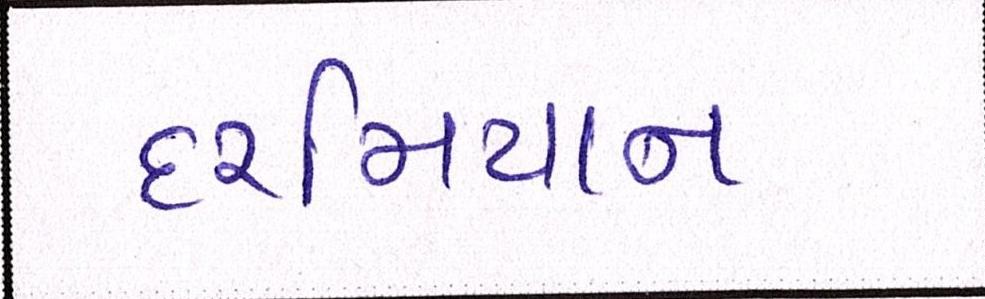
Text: દરમિયાન